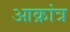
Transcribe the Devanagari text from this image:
आक्रांत्र